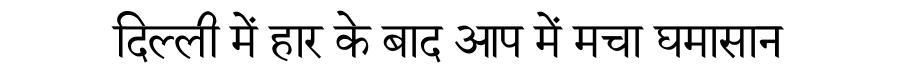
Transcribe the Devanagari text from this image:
दिल्ली में हार के बाद आप में मचा घमासान